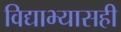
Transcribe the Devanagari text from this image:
विद्याभ्यासही